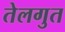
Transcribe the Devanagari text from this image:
तेलगुत